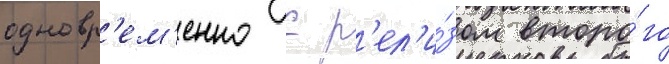
одновр'ем'енно с р'ел'и́зом второ́го